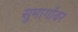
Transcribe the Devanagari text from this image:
सुमार्गावर